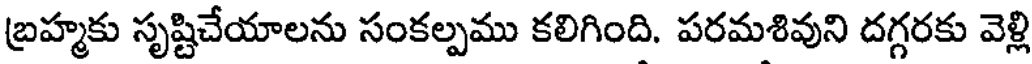
బ్రహ్మకు సృష్టిచేయాలను సంకల్పము కలిగింది. పరమశివుని దగ్గరకు వెళ్లి